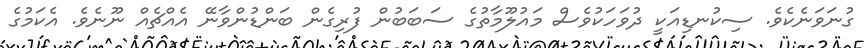
ގުނަވަނެކެވެ. ސިކުނޑިއަކީ ދުވަހަކުވެސް މައުލޫމާތުގެ ސަބަބުން ފުރިގެން ބަންޑުންވާނޭ އެއްޗެއް ނޫނެވެ. އެކަމުގެ